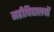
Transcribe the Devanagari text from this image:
महीविद्यालयों